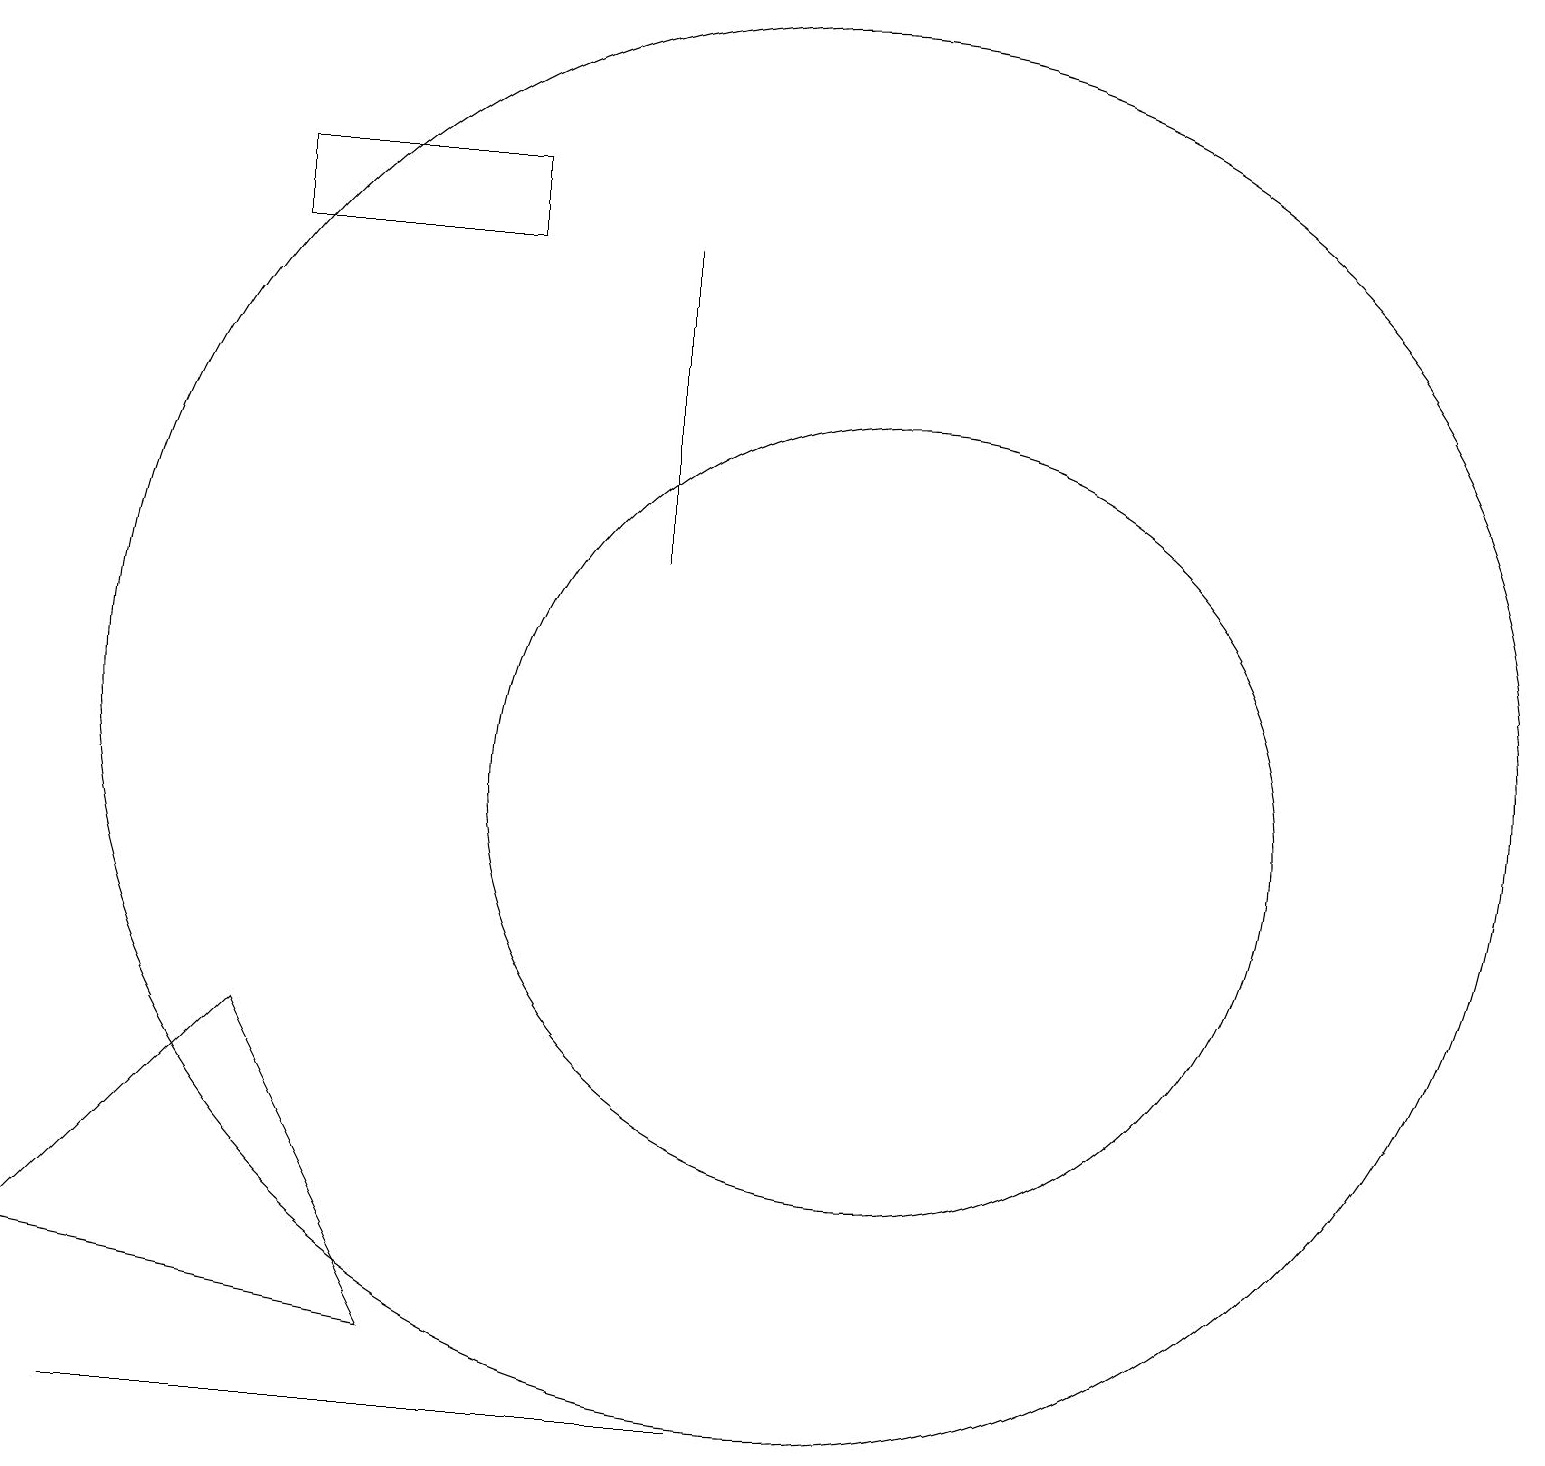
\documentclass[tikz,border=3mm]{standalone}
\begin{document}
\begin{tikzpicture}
\draw (10,11) circle (9);
\draw (11,10) circle (5);
\draw (0,4) -- (3,7) -- (5,3) -- cycle;
\draw (8,17) rectangle (8,13);
\draw (9,2) -- (1,2) -- (6,2) -- cycle;
\draw (10,12) circle (0);
\draw (6,18) rectangle (3,17);
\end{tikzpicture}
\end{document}